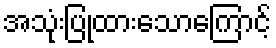
အသုံးပြုထားသောကြောင့်